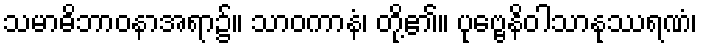
သမာဓိဘာဝနာအရာ၌။ သာဝကာနံ၊ တို့၏။ ပုဗ္ဗေနိဝါသာနုဿရဏံ၊